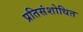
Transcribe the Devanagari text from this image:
प्रतिसंशोधित